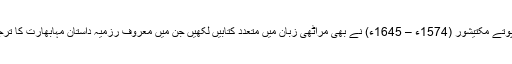
[6] ایک ناتھ کے پوتے مکتیشور (1574ء – 1645ء) نے بھی مراٹھی زبان میں متعدد کتابیں لکھیں جن میں معروف رزمیہ داستان مہابھارت کا ترجمہ بھی شامل ہے۔